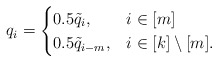
\begin{align*}q_i = \begin{cases} 0.5\tilde{q}_i, & i \in [m] \\0.5\tilde{q}_{i-m}, & i \in [k]\setminus [m]. \end{cases}\end{align*}